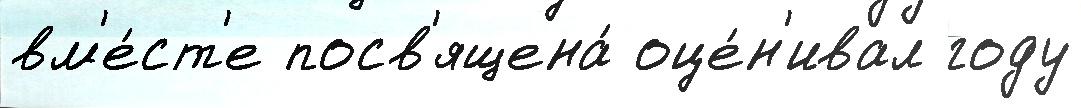
вм'е́ст'е посв'ящена́ оце́н'ивал году